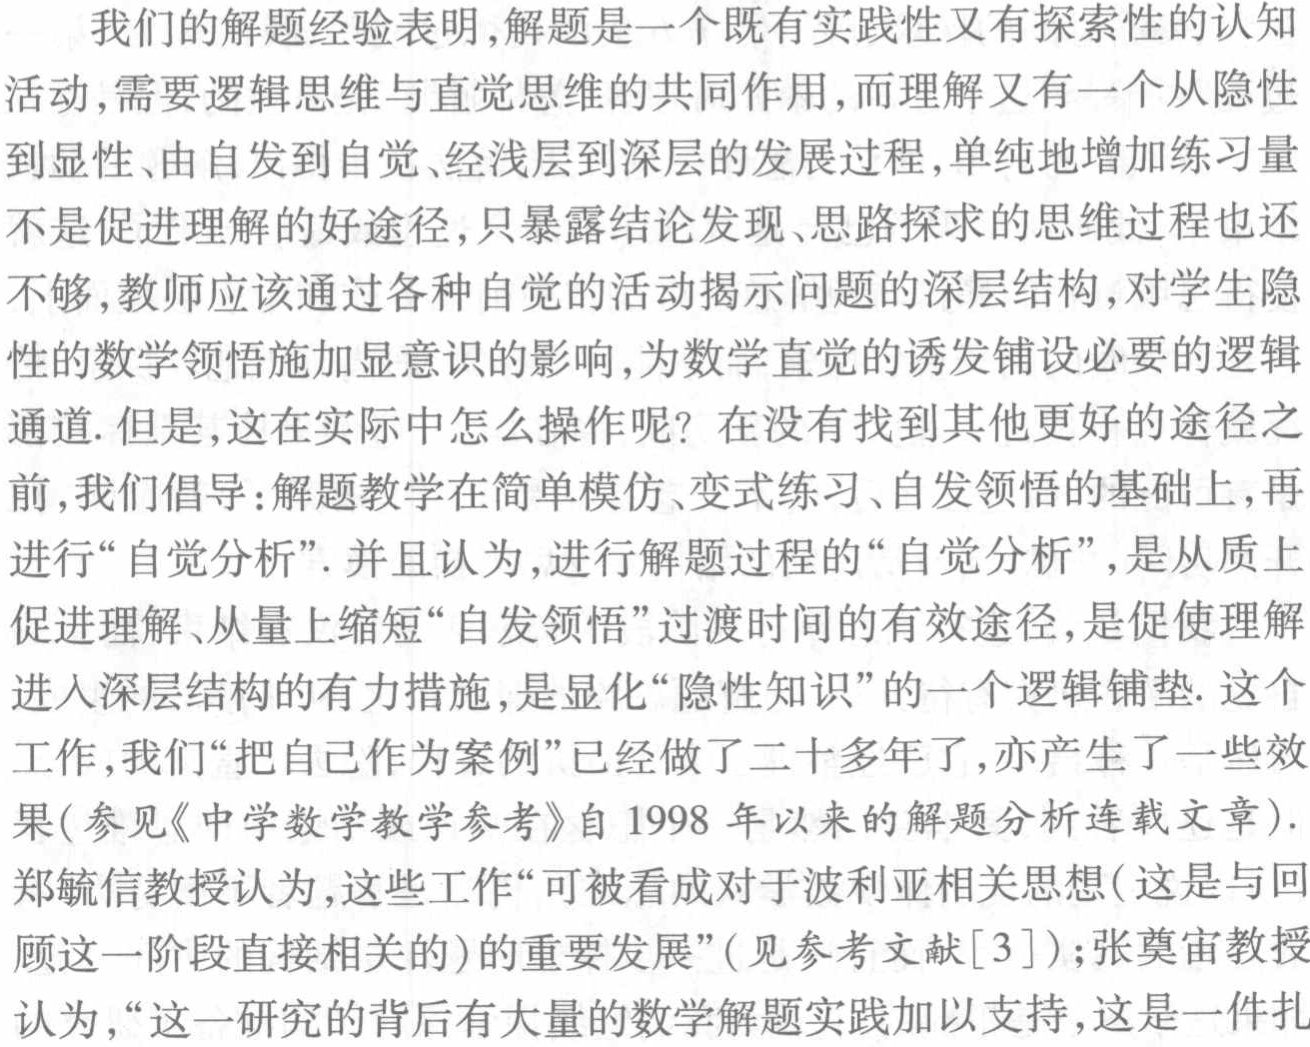
我们的解题经验表明,解题是一个既有实践性又有探索性的认知

活动,需要逻辑思维与直觉思维的共同作用,而理解又有一个从隐性

到显性、由自发到自觉、经浅层到深层的发展过程,单纯地增加练习量

不是促进理解的好途径,只暴露结论发现、思路探求的思维过程也还

不够,教师应该通过各种自觉的活动揭示问题的深层结构,对学生隐

性的数学领悟施加显意识的影响,为数学直觉的诱发铺设必要的逻辑

通道. 但是,这在实际中怎么操作呢？在没有找到其他更好的途径之

前,我们倡导:解题教学在简单模仿、变式练习、自发领悟的基础上,再

进行“自觉分析”. 并且认为,进行解题过程的“自觉分析”,是从质上

促进理解、从量上缩短“自发领悟”过渡时间的有效途径,是促使理解

进入深层结构的有力措施,是显化“隐性知识”的一个逻辑铺垫. 这个

工作,我们“把自己作为案例”已经做了二十多年了,亦产生了一些效

果(参见《中学数学教学参考》自 1998 年以来的解题分析连载文章).

郑毓信教授认为,这些工作“可被看成对于波利亚相关思想(这是与回

顾这一阶段直接相关的)的重要发展”(见参考文献[3]);张奠宙教授

认为,“这一研究的背后有大量的数学解题实践加以支持,这是一件扎